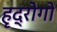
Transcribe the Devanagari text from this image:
हृद्रोगों